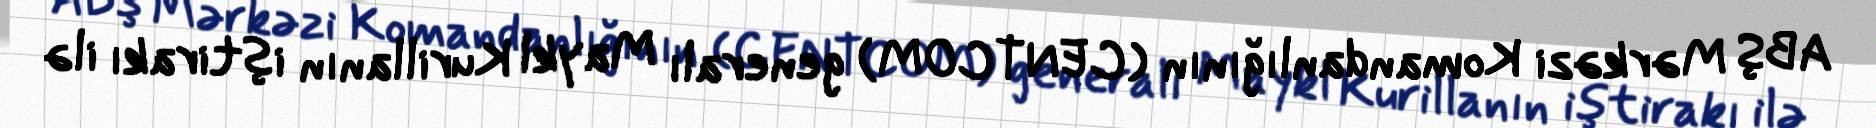
ABŞ Mərkəzi Komandanlığının (CENTCOM) generalı Maykl Kurillanın iştirakı ilə